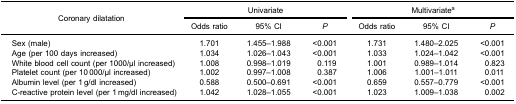
<table><thead><tr><td rowspan="3"><b>Coronary dilatation</b></td><td colspan="3"><b>Univariate</b></td><td colspan="3"><b>Multivariate<sup>a</sup></b></td></tr><tr><td><b>Odds ratio</b></td><td><b>95% CI</b></td><td><b><i>P</i></b></td><td><b>Odds ratio</b></td><td><b>95% CI</b></td><td><b><i>P</i></b></td></tr></thead><tbody><tr><td>Sex (male)</td><td>1.701</td><td>1.455–1.988</td><td>&lt;0.001</td><td>1.731</td><td>1.480–2.025</td><td>&lt;0.001</td></tr><tr><td>Age (per 100 days increased)</td><td>1.034</td><td>1.026–1.043</td><td>&lt;0.001</td><td>1.033</td><td>1.024–1.042</td><td>&lt;0.001</td></tr><tr><td>White blood cell count (per 1000/μl increased)</td><td>1.008</td><td>0.998–1.019</td><td>0.119</td><td>1.001</td><td>0.989–1.014</td><td>0.823</td></tr><tr><td>Platelet count (per 10 000/μl increased)</td><td>1.002</td><td>0.997–1.008</td><td>0.387</td><td>1.006</td><td>1.001–1.011</td><td>0.011</td></tr><tr><td>Albumin level (per 1 g/dl increased)</td><td>0.588</td><td>0.500–0.691</td><td>&lt;0.001</td><td>0.659</td><td>0.557–0.779</td><td>&lt;0.001</td></tr><tr><td>C-reactive protein level (per 1 mg/dl increased)</td><td>1.042</td><td>1.028–1.055</td><td>&lt;0.001</td><td>1.023</td><td>1.009–1.038</td><td>0.002</td></tr></tbody></table>